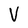
Character: V